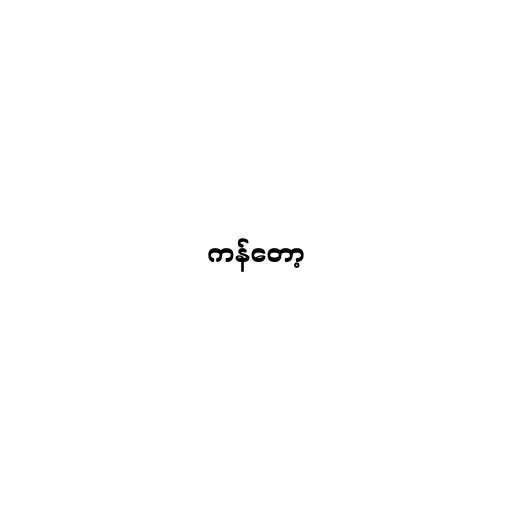
ကန်တော့